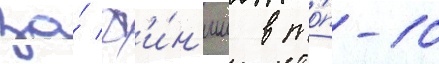
за́ ф'и́н'иш в то́п-10